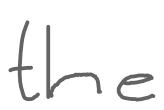
Text: the
Cross-out: clean
Writing tool: digital_gray